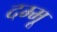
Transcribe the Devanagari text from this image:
दम्मू